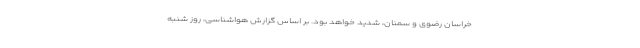
خراسان رضوی و سمنان، شدید خواهد بود. بر اساس گزارش هواشناسی، روز شنبه